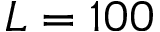
L = 1 0 0